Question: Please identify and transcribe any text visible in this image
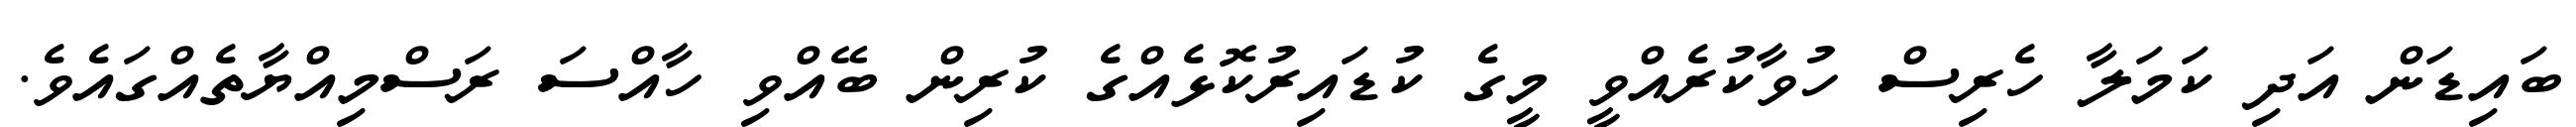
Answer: ބައިޑަން އަދި ކަމަލާ ހެރިސް ހުވާކުރެއްވީ މީގެ ކުޑައިރުކޮޅެއްގެ ކުރިން ބޭއްވި ހާއްސަ ރަސްމިއްޔާތެއްގައެވެ.